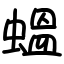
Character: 蝹